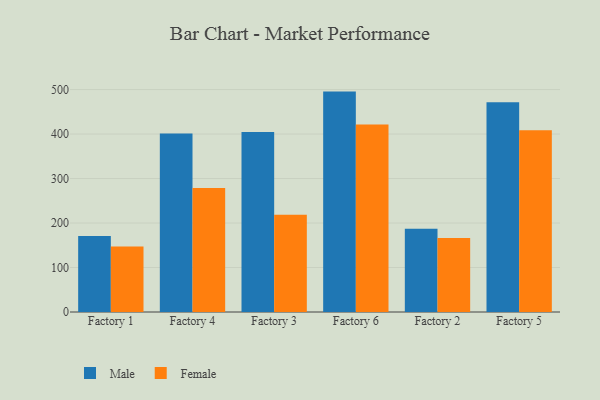
{"axis": {"x": "Factory", "y": "Conversion Rate (%)"}, "legend": ["Female", "Male"], "data": [{"x": "Factory 1", "y": 171.0, "type": "Male"}, {"x": "Factory 1", "y": 147.1, "type": "Female"}, {"x": "Factory 4", "y": 401.2, "type": "Male"}, {"x": "Factory 4", "y": 278.7, "type": "Female"}, {"x": "Factory 3", "y": 404.7, "type": "Male"}, {"x": "Factory 3", "y": 218.8, "type": "Female"}, {"x": "Factory 6", "y": 495.4, "type": "Male"}, {"x": "Factory 6", "y": 421.4, "type": "Female"}, {"x": "Factory 2", "y": 186.9, "type": "Male"}, {"x": "Factory 2", "y": 166.1, "type": "Female"}, {"x": "Factory 5", "y": 471.4, "type": "Male"}, {"x": "Factory 5", "y": 408.4, "type": "Female"}]}